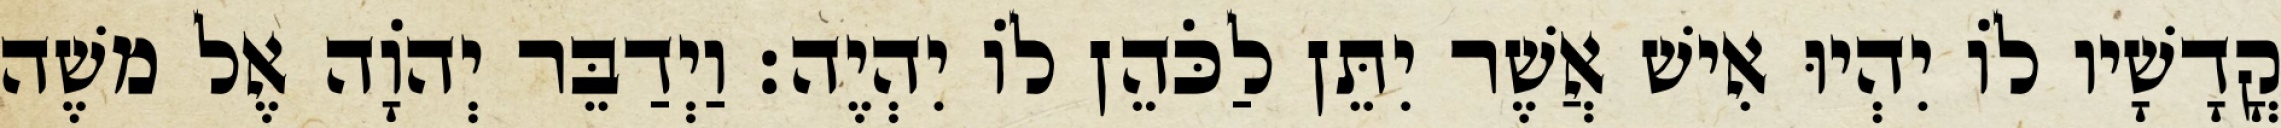
קֳדָשָׁיו לוֹ יִהְיוּ אִישׁ אֲשֶׁר יִתֵּן לַכֹּהֵן לוֹ יִהְיֶה׃ וַיְדַבֵּר יְהוָֹה אֶל משֶׁה